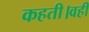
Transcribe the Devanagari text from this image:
कहती।वहीं